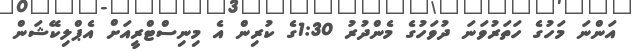
އަންނަ މަހުގެ ހަތަރުވަނަ ދުވަހުގެ މެންދުރު 1:30ގެ ކުރިން އެ މިނިސްޓްރީއަށް އެޕްލިކޭޝަން